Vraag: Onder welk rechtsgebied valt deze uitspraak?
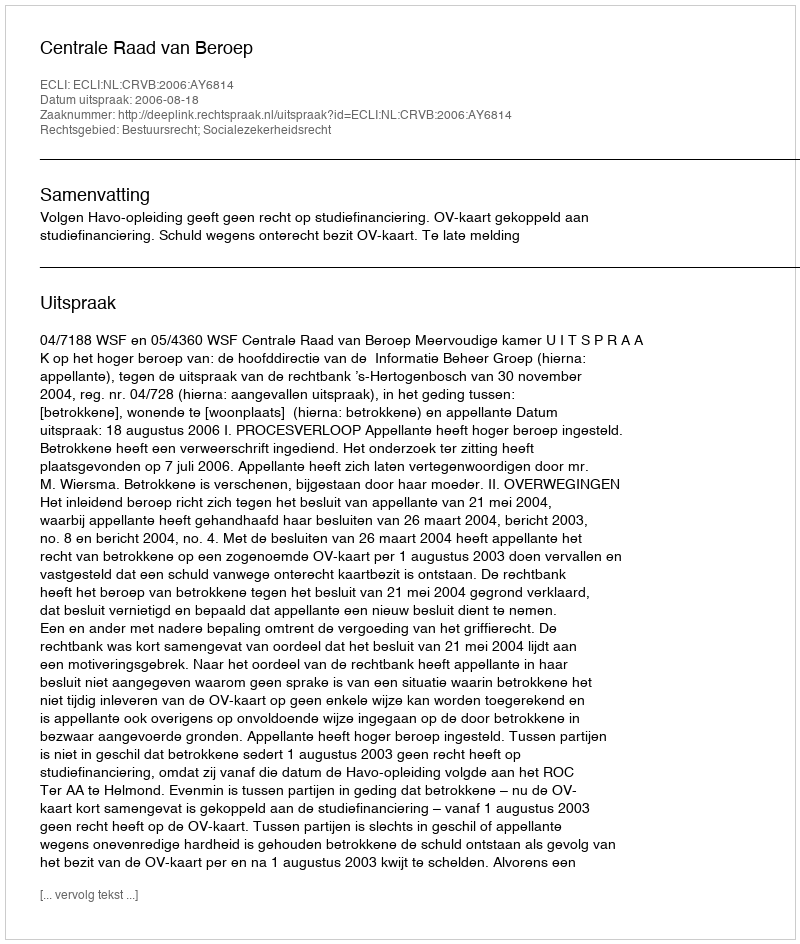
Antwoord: Bestuursrecht; Socialezekerheidsrecht